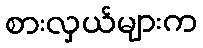
စားလှယ်များက